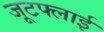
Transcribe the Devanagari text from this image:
जूटफ्लाई